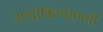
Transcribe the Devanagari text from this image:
नारदोक्तिपरामर्शी